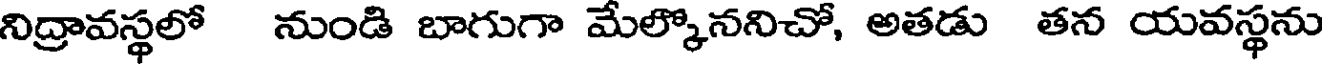
నిద్రావస్థలో నుండి బాగుగా మేల్కొననిచో, అతడు తన యవస్థను